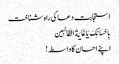
استجابت دعا کی راہ شناخت
بِاِحْسَانِکَ یَا غَایَةَ الطَّالِبِین
اپنے احسان کا واسطہ!